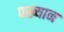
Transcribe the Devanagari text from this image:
पख्यान